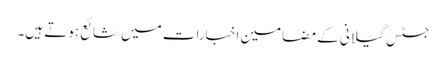
جسٹس گیلانی کے مضامین اخبارات میں شائع ہوتے ہیں۔